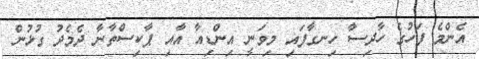
އެންމެ ފަހުގެ ހާދިސާ ހިނގާފައި މިވަނީ އިންޑިއާ އާއި ޕާކިސްތާނާ ދެމެދު ގުޅުން